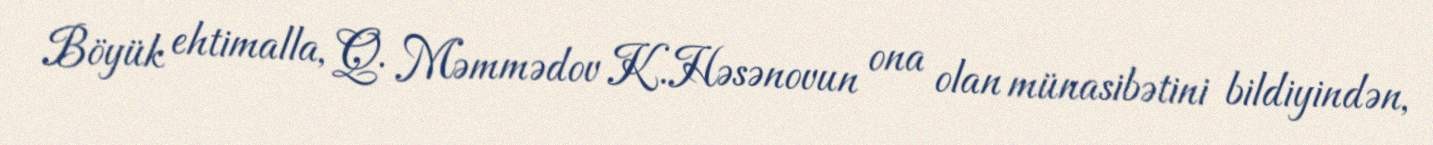
Böyük ehtimalla, Q. Məmmədov K.Həsənovun ona olan münasibətini bildiyindən,